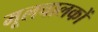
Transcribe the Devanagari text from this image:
मूलचालकों